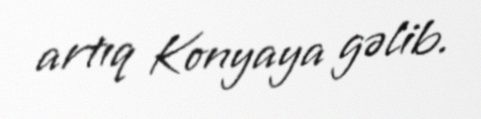
artıq Konyaya gəlib.